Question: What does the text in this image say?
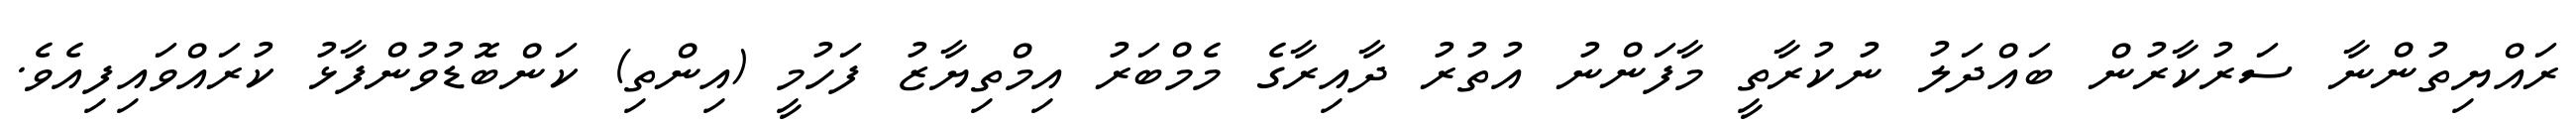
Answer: ރައްޔިތުންނާ ސަރުކާރުން ބައްދަލު ނުކުރާތީ މާފަންނު އުތުރު ދާއިރާގެ މެމްބަރު އިމްތިޔާޒު ފަހުމީ (އިންތި) ކަންބޮޑުވުންފާޅު ކުރައްވައިފިއެވެ.